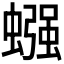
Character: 𫋙